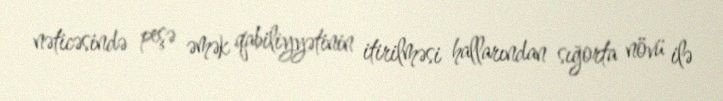
nəticəsində peşə əmək qabiliyyətinin itirilməsi hallarından sığorta növü ilə